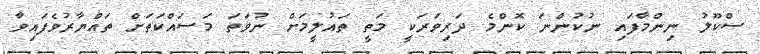
ސްކޫލު ނިންމާފައި ނުކުންނަ ކޮންމެ ދަރިވަރަކީ މަތީ ތައުލީމަށް ނުވަތަ މަސައްކަތަށް ތައްޔާރުވެފައިވާ